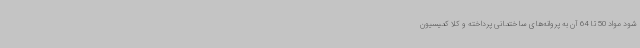
شود مواد 50 تا 64 آن به پروانه‌های ساختمانی پرداخته و کلا کمیسیون